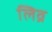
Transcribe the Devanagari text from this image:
लिव्र